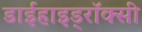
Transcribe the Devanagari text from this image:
डाईहाइड्रॉक्सी